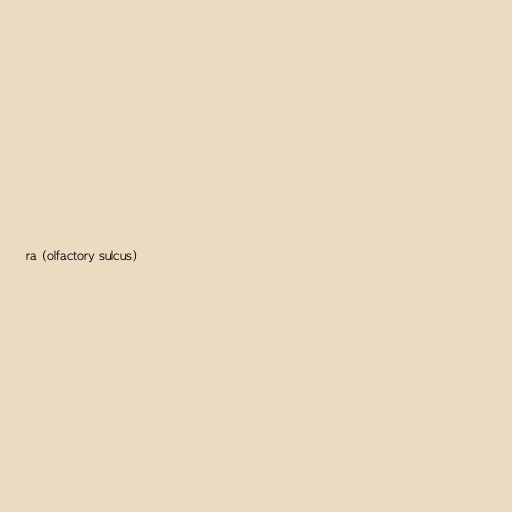
ra (olfactory sulcus)